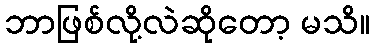
ဘာဖြစ်လို့လဲဆိုတော့ မသိ။